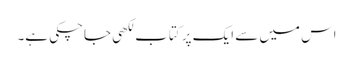
اس میں سے ایک پر کتاب لکھی جاچکی ہے۔